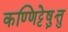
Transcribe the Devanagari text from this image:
कण्णिट्टेषु़त्तु